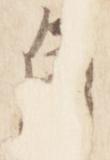
自